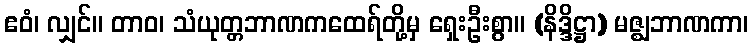
ဧဝံ၊ လျှင်။ တာဝ၊ သံယုတ္တဘာဏကထေရ်တို့မှ ရှေးဦးစွာ။ (နိဒ္ဒိဋ္ဌာ) မဇ္ဈဘာဏကာ၊